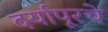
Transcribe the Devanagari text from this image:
दर्यापूरचे